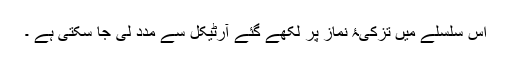
اس سلسلے میں تزکیۂ نماز پر لکھے گئے آرٹیکل سے مدد لی جا سکتی ہے ۔